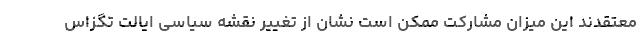
معتقدند این میزان مشارکت ممکن است نشان از تغییر نقشه سیاسی ایالت تگزاس